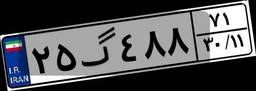
۵۰گ۰۷۴۲۲